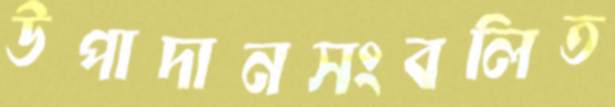
উপাদানসংবলিত